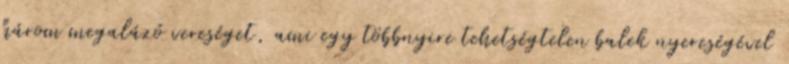
három megalázó vereséget, ami egy többnyire tehetségtelen balek nyereségével